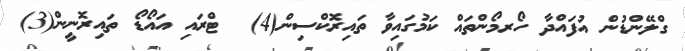
ގްލޭންޑުން އުފައްދާ ހޯރމޯންތައް ކަމުގައިވާ ތައިރޮކްސިން(4)  ޓްރައި އައޯޑޯ ތައިރޮނީން(3)